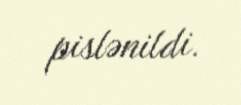
pislənildi.